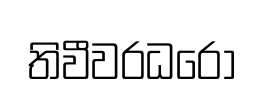
තිවීවරධරො